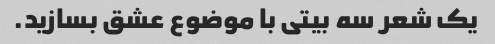
یک شعر سه بیتی با موضوع عشق بسازید.